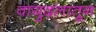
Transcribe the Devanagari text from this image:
वायुदलातून